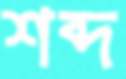
শব্দ